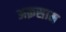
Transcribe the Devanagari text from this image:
अक़साम